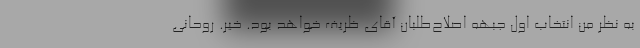
به نظر من انتخاب اول جبهه اصلاح‌طلبان آقای ظریف خواهد بود. خیر. روحانی